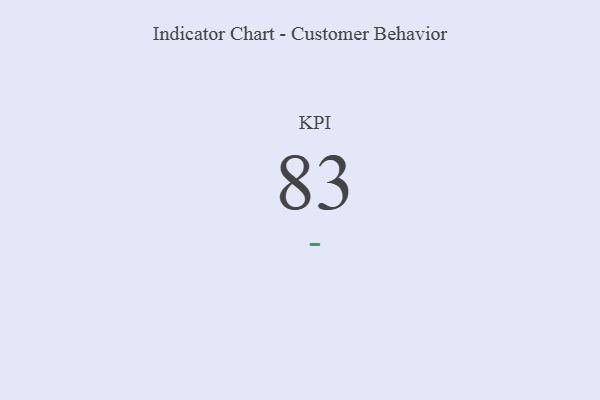
{"axis": {"x": "KPI", "y": "Value"}, "legend": [""], "data": [{"x": "KPI", "y": 83, "type": ""}]}